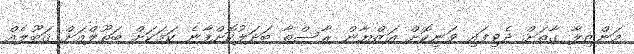
މަންޒިލާ ގާތަށް ދެވިފައި ވަނިކޮށް އަޒްޔާން ރާސްތާ ބަދަލުކޮށްފާނެ ކަމަކަށް ބަތޫލްއަށް ޤަބޫލެއް